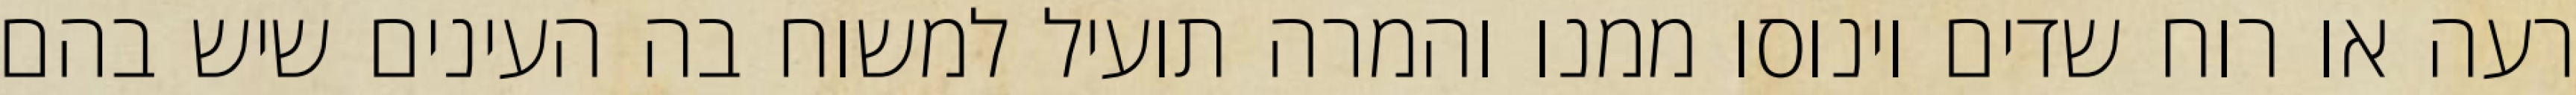
רעה או רוח שדים וינוסו ממנו והמרה תועיל למשוח בה העינים שיש בהם